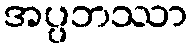
အပ္ပဘဿာ